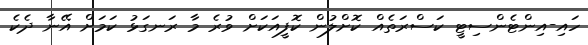
ހައި-އިންޓެންސިޓީ ކަސްރަތެއް ކޮށްލުން ކޮފީއަކަށް ވުރެ މާ ރަނގަޅު ކަމަށް އޭނާ ދެކެ